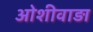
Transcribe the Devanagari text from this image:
ओशीवाड़ा